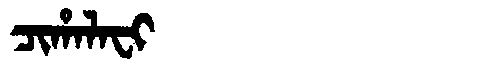
Manchu: ᠴᡳᡥᠠᠯᠠᠸᡳ
Romanization: CIHALAFI